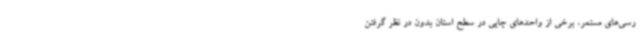
رسی‌های مستمر، برخی از واحدهای چاپی در سطح استان بدون در نظر گرفتن